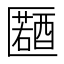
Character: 𠥤